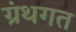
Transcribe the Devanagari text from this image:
ग्रंथगत